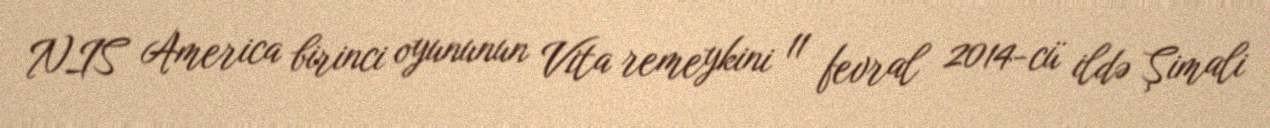
NIS America birinci oyununun Vita remeykini 11 fevral 2014-cü ildə Şimali